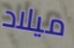
ميلاد